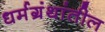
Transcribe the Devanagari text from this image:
धर्मग्रंथांतील